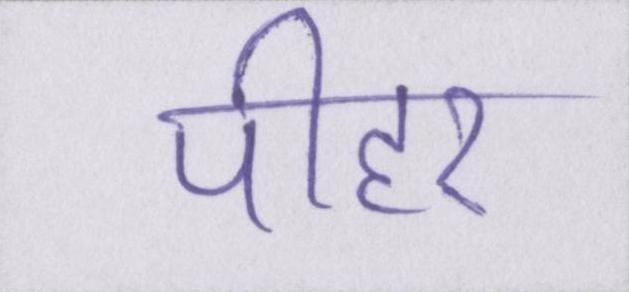
पीहर